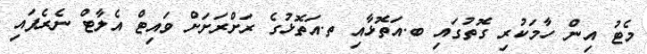
މެޓު އިން ހާމަކުރި ގޮތުގައި ބ.އަތޮޅާއި ތ.އަތޮޅުގެ ރަށްރަށަށް ވައިޓް އެލާޓް ނެރެފައި